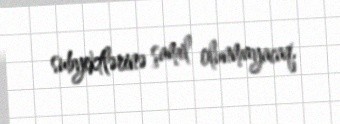
subyektlərinə şamil olunmayacaq.